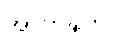
အာကဍ္ဎတိ